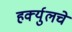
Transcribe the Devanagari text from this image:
हर्क्युलचे